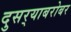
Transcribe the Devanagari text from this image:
दुसर्‍याबरोबर